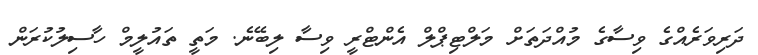
ދަރިވަރެއްގެ ވިސާގެ މުއްދަތަށް މަލްޓިޕްލް އެންޓްރީ ވިސާ ލިބޭނެ. މަތީ ތައުލީމް ހާސިލުކުރަން